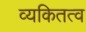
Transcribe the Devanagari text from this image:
व्यकितत्व